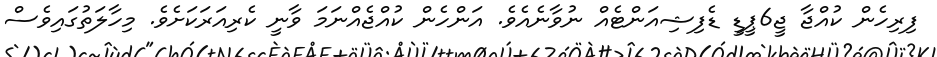
ފިރިހެން ކުއްޖާ ޖީ6ޕީޑީ ޑެފިޝިއަންޓެއް ނުވާނެއެވެ. އަންހެން ކުއްޖެއްނަމަ ވާނީ ކެރިއަރަކަށެވެ. މިހާލަތުގައިވެސް